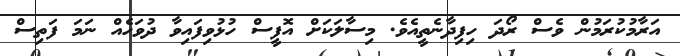
އަރާމުކުރަމުން ވެސް ރޯދަ ހިފިދާނެތީއެވެ. މިސާލަކަށް އޮފީސް ހުޅުވިފައިވާ ދުވަހެއް ނަމަ ފަތިސް